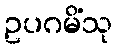
ဥပဂမိံသု